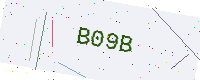
Text: B09B